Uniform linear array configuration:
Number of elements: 12
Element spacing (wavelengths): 0.75
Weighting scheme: kaiser
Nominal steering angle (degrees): -60
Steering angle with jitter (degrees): -60.864
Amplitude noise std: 0.05
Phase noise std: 0.05

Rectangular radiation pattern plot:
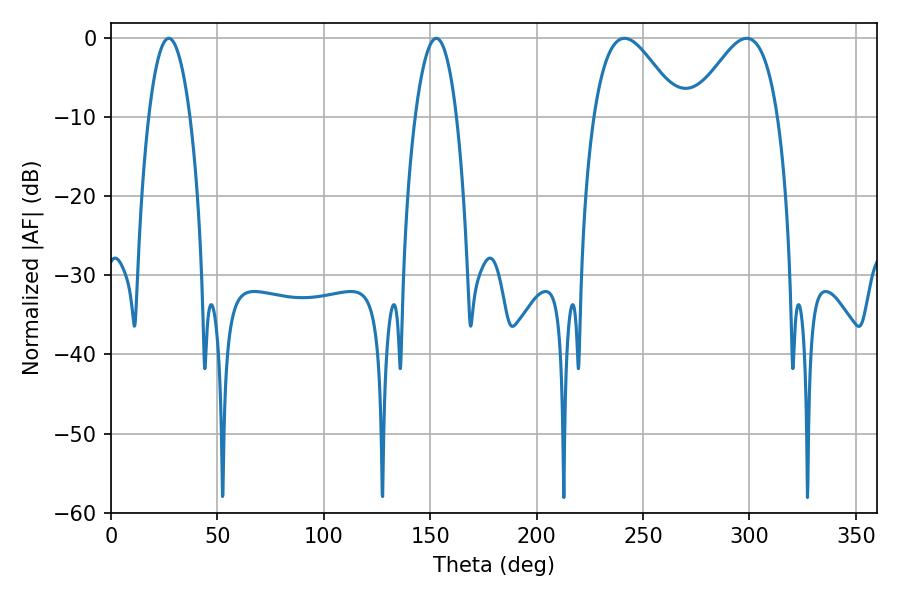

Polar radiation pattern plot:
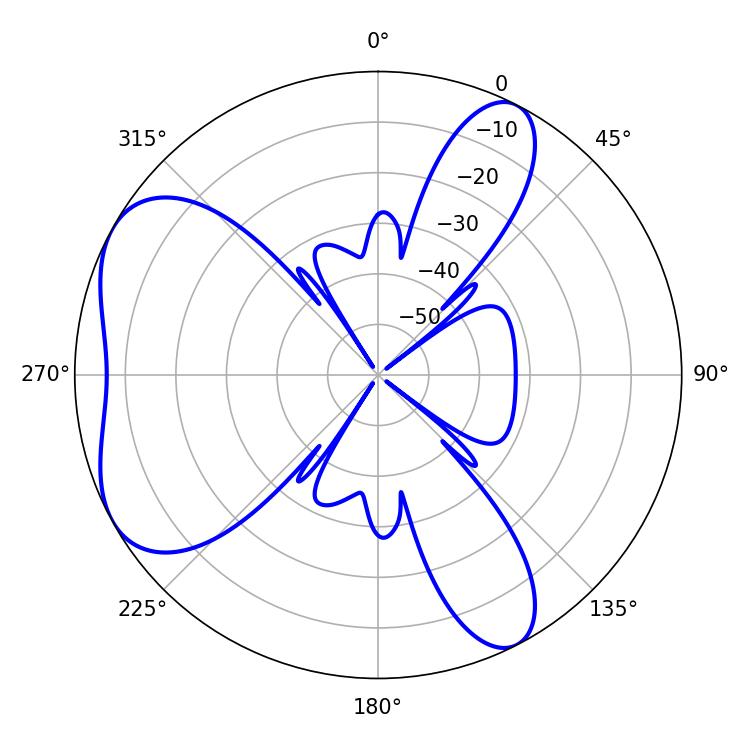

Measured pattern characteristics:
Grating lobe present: TRUE
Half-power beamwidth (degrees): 10.8
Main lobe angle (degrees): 27.18